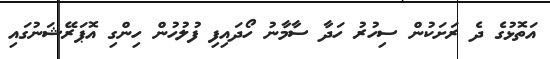
އަތޮޅުގެ ދެ ރަށަކުން ސިހުރު ހަދާ ސާމާނު ހޯދައިފި ފުލުހުން ހިންގި އޮޕަރޭޝަނުގައި